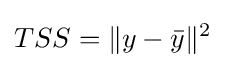
TSS=\|y-{\bar {y}}\|^{2}